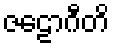
ဇဠောဂီတိ